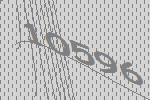
10596